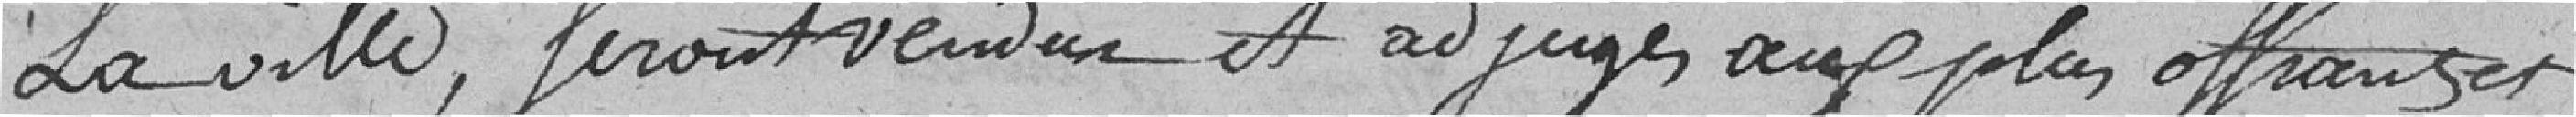
La ville, feront vendus et adjugés aux plus offrants et